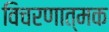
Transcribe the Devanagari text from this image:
विचरणात्मक